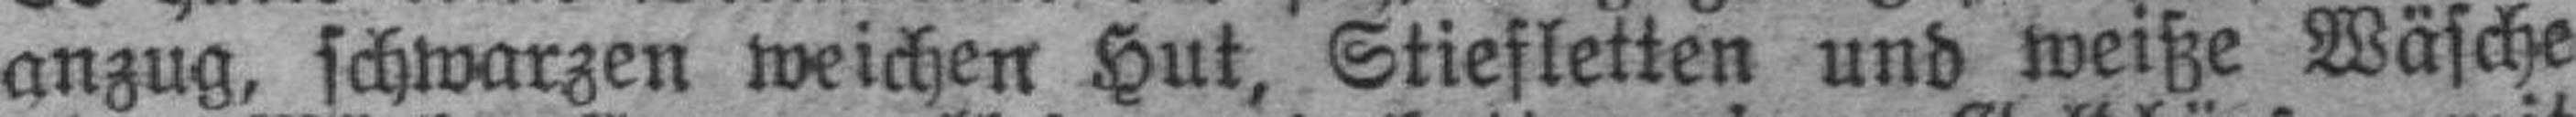
anzug, schwarzen weichen Hut, Stiefletten und weiße Wäsche